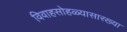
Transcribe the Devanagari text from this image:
विवाहसोहळ्यासारख्या